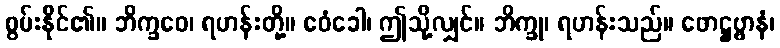
စွမ်းနိုင်၏။ ဘိက္ခဝေ၊ ရဟန်းတို့။ ဧဝံခေါ၊ ဤသို့လျှင်။ ဘိက္ခု၊ ရဟန်းသည်။ ဖောဋ္ဌဗ္ဗာနံ၊